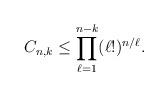
LaTeX: \begin{align*} C_{n,k} \leq \prod_{\ell=1}^{n-k} (\ell!)^{n/\ell}. \end{align*}